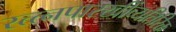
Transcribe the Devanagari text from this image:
रत्त्‍नपारखींव्यतिरिक्त